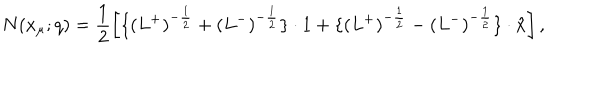
N ( x _ { \mu } ; q ) = \frac { 1 } { 2 } \left[ \{ ( L ^ { + } ) ^ { - \frac { 1 } { 2 } } + ( L ^ { - } ) ^ { - \frac { 1 } { 2 } } \} \cdot 1 + \{ ( L ^ { + } ) ^ { - \frac { 1 } { 2 } } - ( L ^ { - } ) ^ { - \frac { 1 } { 2 } } \} \cdot \hat { x } \right] ,